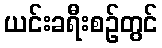
ယင်းခရီးစဉ်တွင်